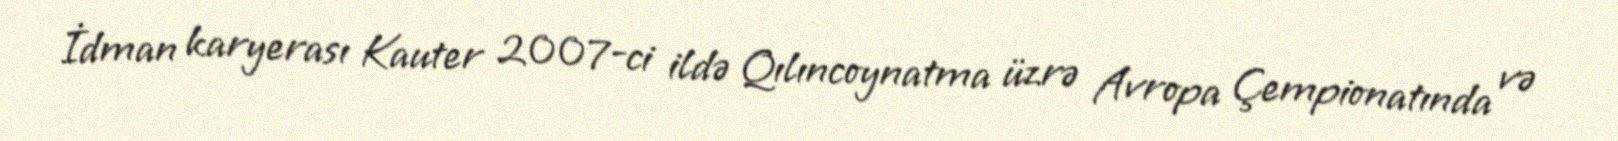
İdman karyerası Kauter 2007-ci ildə Qılıncoynatma üzrə Avropa Çempionatında və